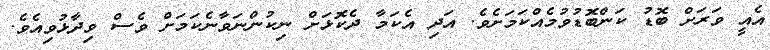
އެއީ ވަރަށް ބޮޑު ކަންބޮޑުވުމެއްކަމަށެވެ. އަދި އެކަމާ ދެކޮޅަށް ނިކުންނަވާނެކަމަށް ވެސް ވިދާޅުވިއެވެ.